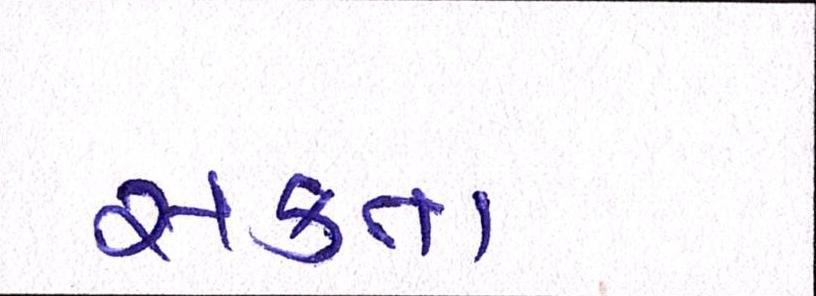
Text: સકતા